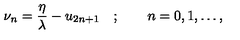
\nu _ { n } = \frac { \eta } { \lambda } - u _ { 2 n + 1 } \quad ; \qquad n = 0 , 1 , \dots ,